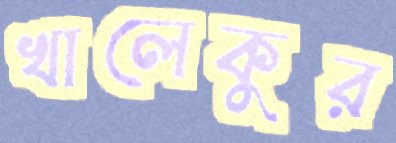
খালেকুর